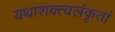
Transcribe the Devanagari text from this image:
यथाशक्त्यलंकृतां